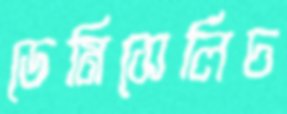
ডেমিসেলিচ